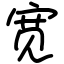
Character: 宽